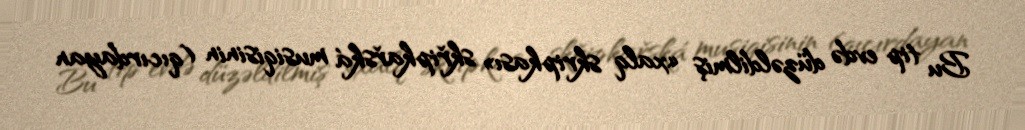
Bu tip evdə düzəldilmiş «xalq skripkası» skřipkařská musiqisinin (qıcırdayan